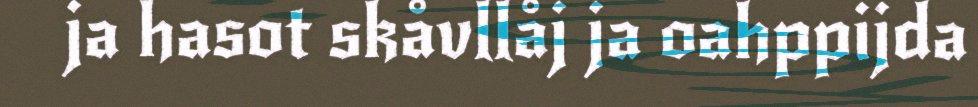
ja hasot skåvllåj ja oahppijda